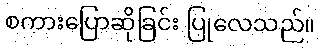
စကားပြောဆိုခြင်း ပြုလေသည်။